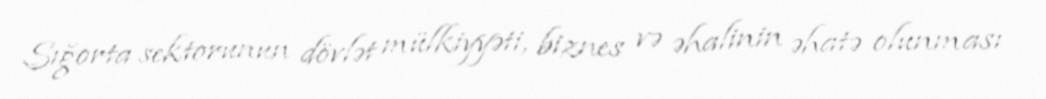
Sığorta sektorunun dövlət mülkiyyəti, biznes və əhalinin əhatə olunması